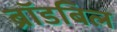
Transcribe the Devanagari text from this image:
ब्रॉडबिल